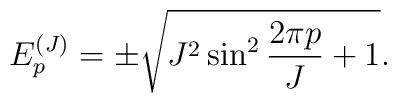
E^{(J)}_p=\pm \sqrt{J^2\sin^2\frac{2\pi p}{J}+1}.